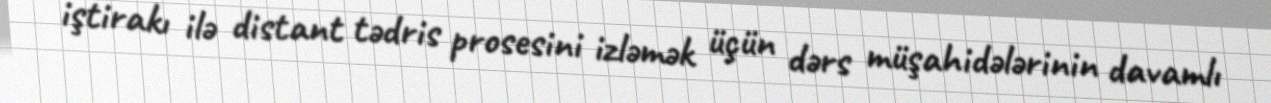
iştirakı ilə distant tədris prosesini izləmək üçün dərs müşahidələrinin davamlı